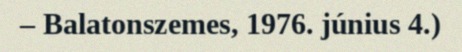
– Balatonszemes, 1976. június 4.)